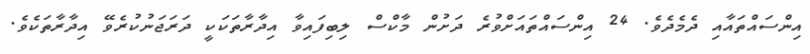
އިންސައްތައާއި ދެމެދެވެ. 24 އިންސައްތައަށްވުރެ ދަށުން މާކްސް ލިބިފައިވާ އިދާރާތަކަކީ ދަރަޖަނުކުރެވޭ އިދާރާތަކެވެ.